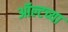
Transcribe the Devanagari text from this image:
ऑल्टच्या